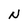
Character: N